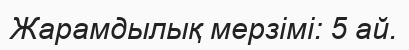
Жарамдылық мерзімі: 5 ай.